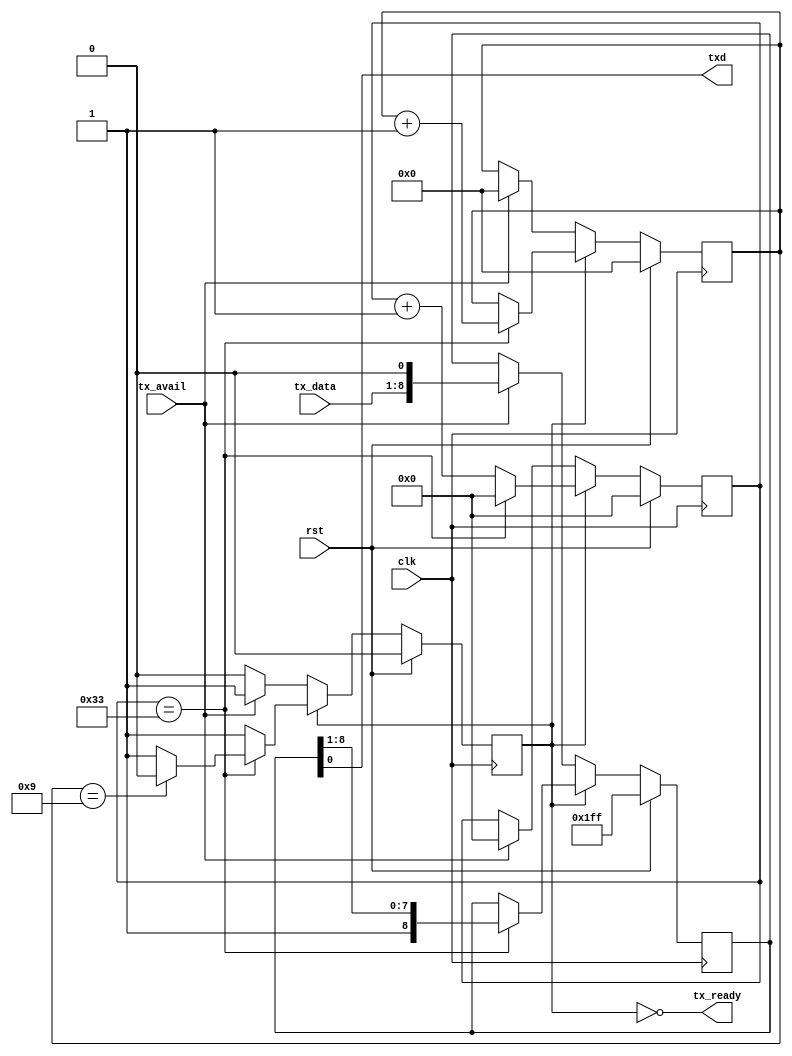
module avr109tx (
		 input rst,
		 input clk,
		 input[7:0] tx_data,
		 input tx_avail,
		 output txd,
		 output tx_ready
		 );
   parameter CLK_FREQUENCY = 1000000;
   parameter BAUD_RATE = 19200;

   function integer log2;
      input integer value;
      begin
         value = value-1;
         for (log2=0; value>0; log2=log2+1)
           value = value>>1;
      end
   endfunction

   localparam BAUDDIV = (CLK_FREQUENCY / BAUD_RATE);
   localparam LOG2_BAUDDIV = log2(BAUDDIV);

   reg [8:0] 		txshift_d, txshift_q;
   reg [3:0] 	   txcnt_d, txcnt_q;
   reg		   tx_active_d, tx_active_q;
   reg [LOG2_BAUDDIV-1:0] txbaud_d, txbaud_q;

   assign txd = txshift_q[0];
   assign tx_ready = ~tx_active_q;

   always @(*) begin
      txshift_d = txshift_q;
      txcnt_d = txcnt_q;
      tx_active_d = tx_active_q;
      txbaud_d = txbaud_q;

      if (tx_active_q) begin
	 if (txbaud_q == BAUDDIV-1) begin
	    txshift_d = {1'b1, txshift_q[8:1]};
	    if (txcnt_q == 9)
	       tx_active_d = 0;
	    txcnt_d = txcnt_q + 1;
	    txbaud_d = 0;
	 end else begin
	    txbaud_d = txbaud_q + 1;
	 end
      end else if (tx_avail) begin
	 txshift_d = {tx_data, 1'b0};
	 txcnt_d = 0;
	 txbaud_d = 0;
	 tx_active_d = 1;
      end
   end

   always @(posedge clk) begin
      if (rst) begin
	 txshift_q <= 9'b111111111;
	 txcnt_q <= 4'b0;
	 tx_active_q <= 1'b0;
	 txbaud_q <= {LOG2_BAUDDIV{1'b0}};
      end else begin
	 txshift_q <= txshift_d;
	 txcnt_q <= txcnt_d;
	 tx_active_q <= tx_active_d;
	 txbaud_q <= txbaud_d;
      end
   end

endmodule